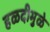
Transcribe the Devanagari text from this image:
हळदीमुळे